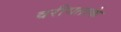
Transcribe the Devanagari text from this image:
वरीयताके